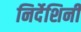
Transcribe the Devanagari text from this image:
निर्देशिनी